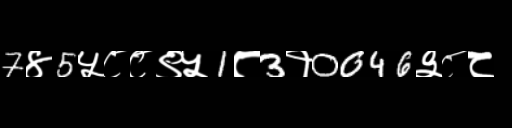
Text: 7४5५८८९५1८3१0046३८८